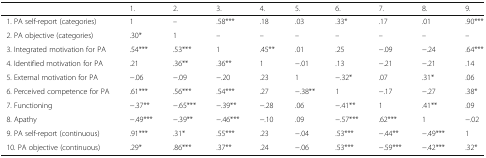
<table><thead><tr><td></td><td><b>1.</b></td><td><b>2.</b></td><td><b>3.</b></td><td><b>4.</b></td><td><b>5.</b></td><td><b>6.</b></td><td><b>7.</b></td><td><b>8.</b></td><td><b>9.</b></td></tr></thead><tbody><tr><td> 1. PA self-report (categories)</td><td>1</td><td>–</td><td>.58***</td><td>.18</td><td>.03</td><td>.33*</td><td>.17</td><td>.01</td><td>.90***</td></tr><tr><td> 2. PA objective (categories)</td><td>.30*</td><td>1</td><td>–</td><td>–</td><td>–</td><td>–</td><td>–</td><td>–</td><td>–</td></tr><tr><td> 3. Integrated motivation for PA</td><td>.54***</td><td>.53***</td><td>1</td><td>.45**</td><td>.01</td><td>.25</td><td>−.09</td><td>−.24</td><td>.64***</td></tr><tr><td> 4. Identified motivation for PA</td><td>.21</td><td>.36**</td><td>.36**</td><td>1</td><td>−.01</td><td>.13</td><td>−.21</td><td>−.21</td><td>.14</td></tr><tr><td> 5. External motivation for PA</td><td>−.06</td><td>−.09</td><td>−.20</td><td>.23</td><td>1</td><td>−.32*</td><td>.07</td><td>.31*</td><td>.06</td></tr><tr><td> 6. Perceived competence for PA</td><td>.61***</td><td>.56***</td><td>.54***</td><td>.27</td><td>−.38**</td><td>1</td><td>−.17</td><td>−.27</td><td>.38*</td></tr><tr><td> 7. Functioning</td><td>−.37**</td><td>−.65***</td><td>−.39**</td><td>−.28</td><td>.06</td><td>−.41**</td><td>1</td><td>.41**</td><td>.09</td></tr><tr><td> 8. Apathy</td><td>−.49***</td><td>−.39**</td><td>−.46***</td><td>−.10</td><td>.09</td><td>−.57***</td><td>.62***</td><td>1</td><td>−.02</td></tr><tr><td> 9. PA self-report (continuous)</td><td>.91***</td><td>.31*</td><td>.55***</td><td>.23</td><td>−.04</td><td>.53***</td><td>−.44**</td><td>−.49***</td><td>1</td></tr><tr><td> 10. PA objective (continuous)</td><td>.29*</td><td>.86***</td><td>.37**</td><td>.24</td><td>−.06</td><td>.53***</td><td>−.59***</td><td>−.42***</td><td>.32*</td></tr></tbody></table>